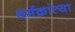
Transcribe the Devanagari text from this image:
धर्मक्रांत्या